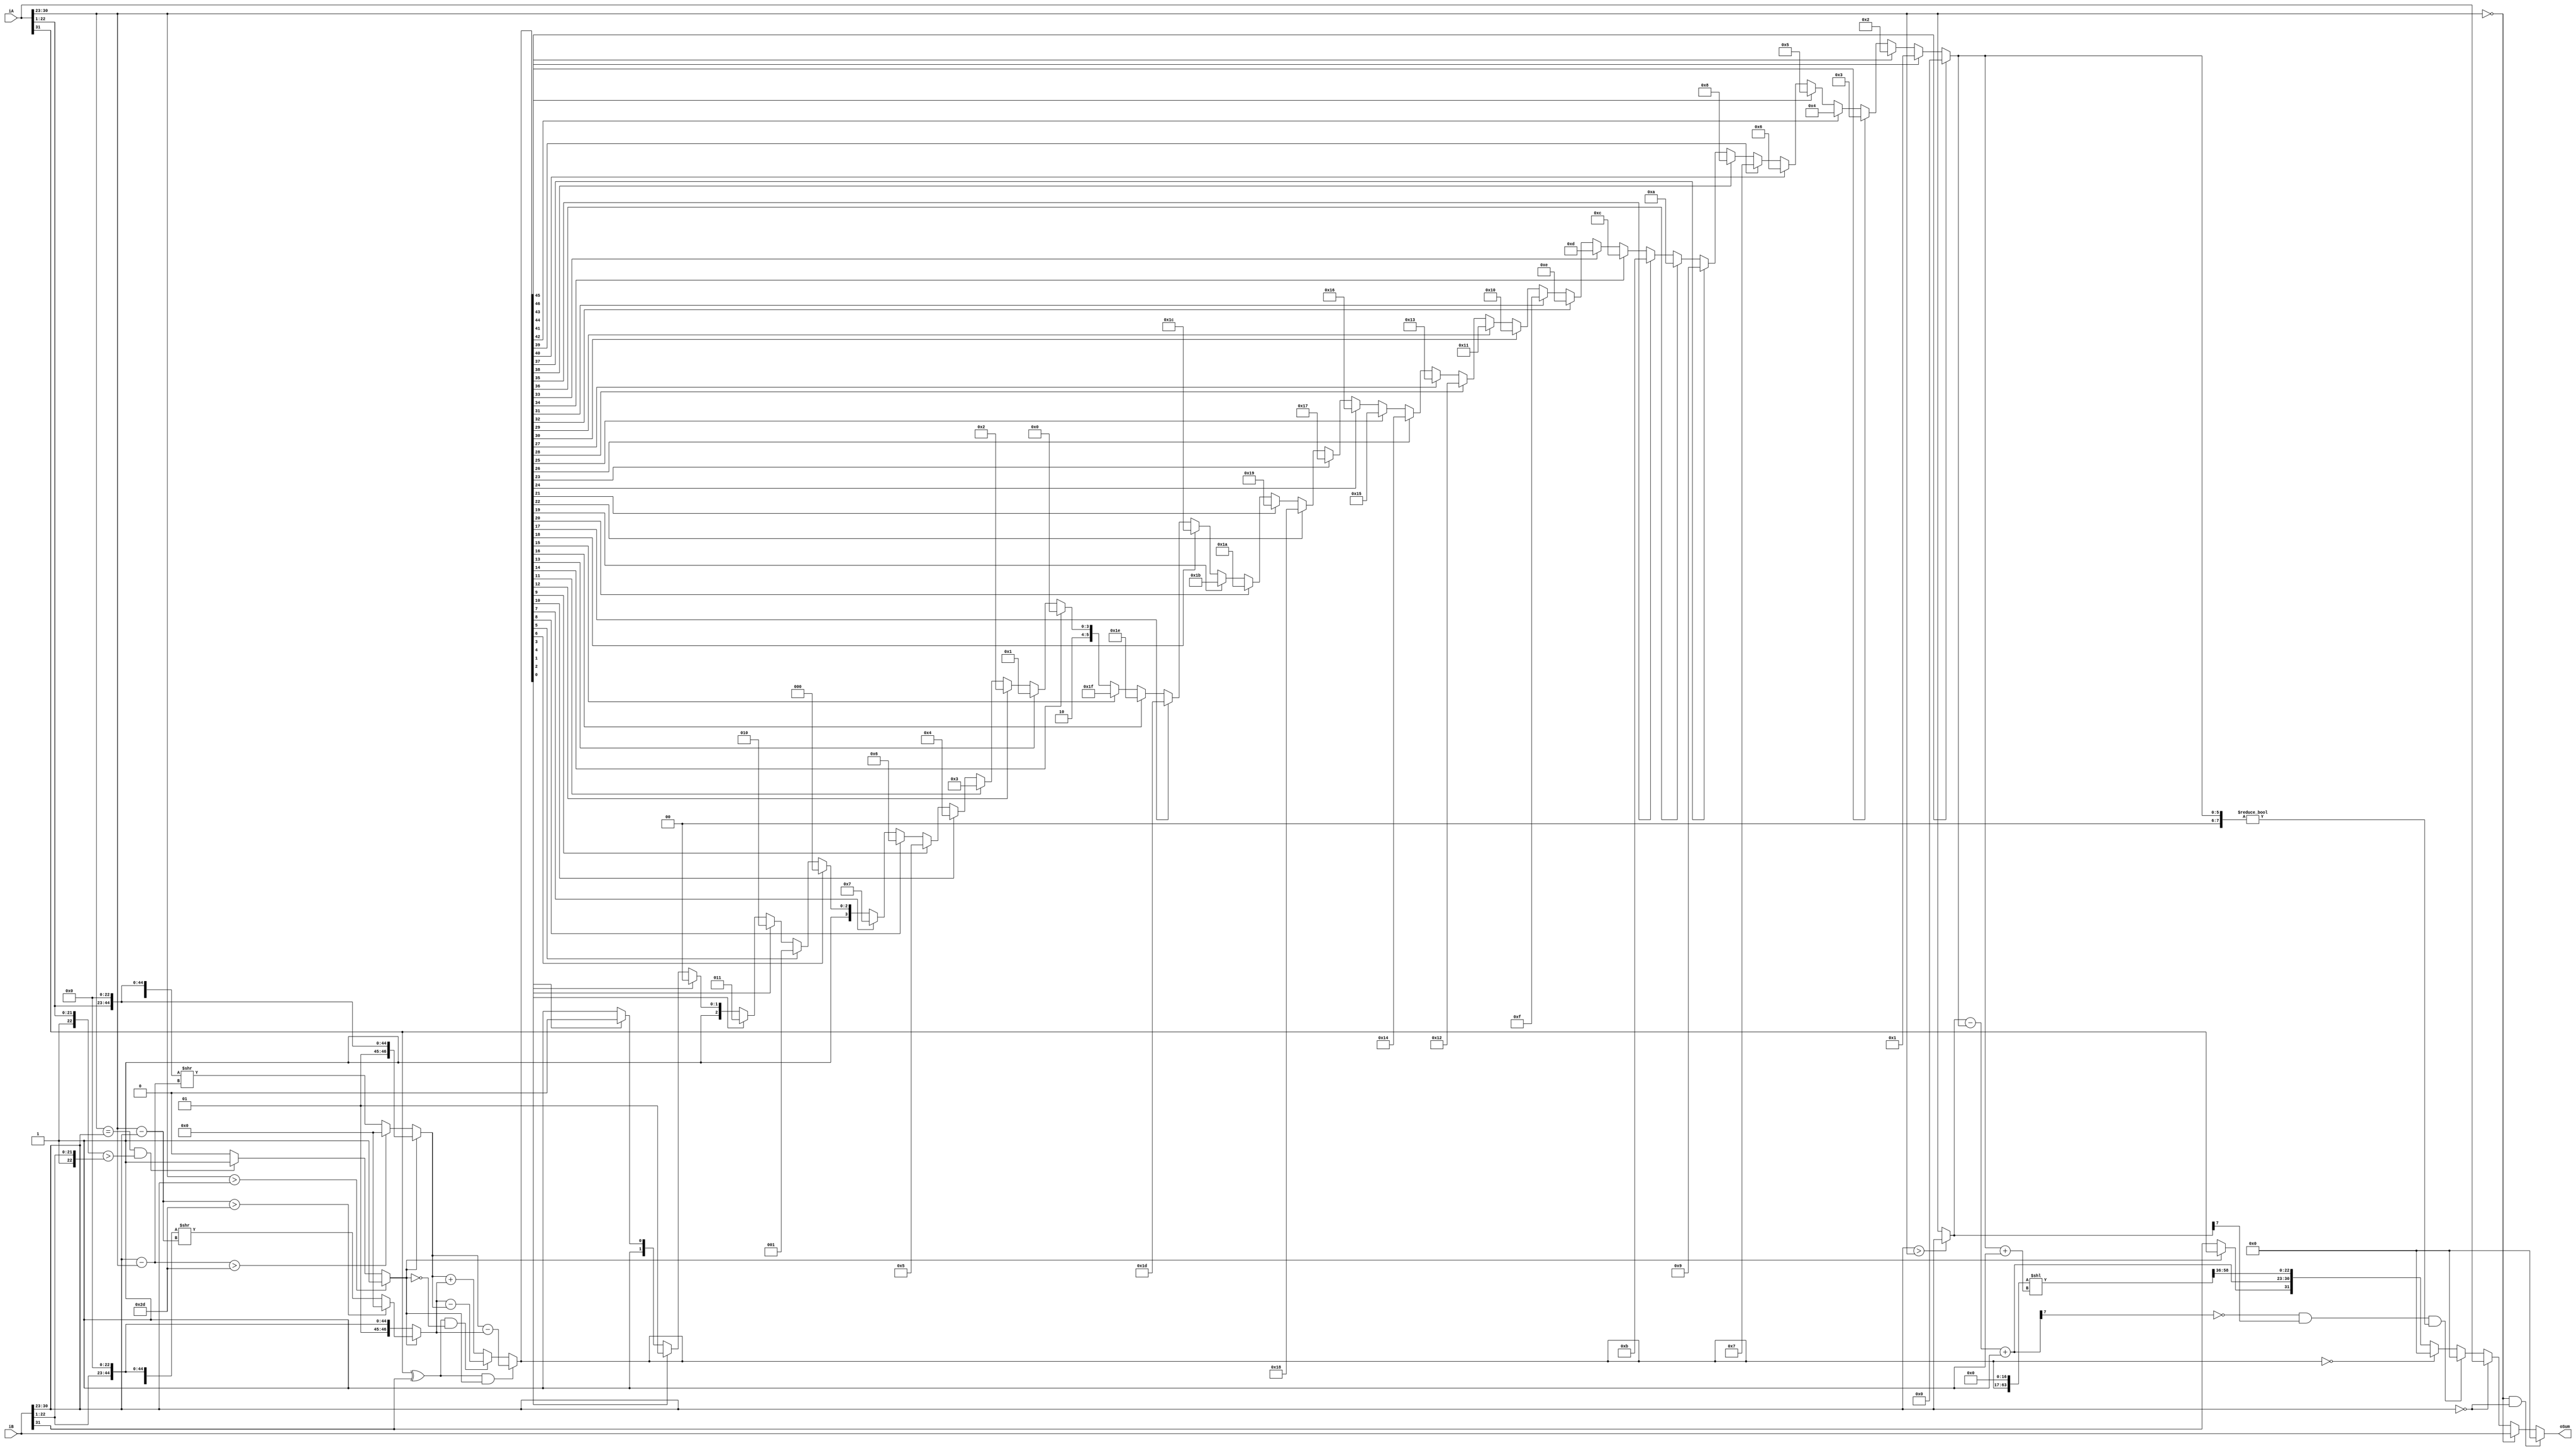
/**************************************************************************
 * Floating Point Adder                                                   *
 * 2-stage pipeline    
 *extended into 32b by donghyeon Joo                                      *
 *************************************************************************/
module FpAdd (
    input      [31:0] iA,
    input      [31:0] iB,
    output     [31:0] oSum
);

    // Extract fields of A and B.
    wire        A_s;
    wire [7:0]  A_e;
    wire [22:0] A_f; 
    wire        B_s;
    wire [7:0]  B_e;
    wire [22:0] B_f;
    assign A_s = iA[31];
    assign A_e = iA[30:23];
    assign A_f = {1'b1, iA[22:1]}; //where's the zero'th bit?
    assign B_s = iB[31];
    assign B_e = iB[30:23];
    assign B_f = {1'b1, iB[22:1]};
    wire A_larger;

    // Shift fractions of A and B so that they align.
    wire [7:0]  exp_diff_A;
    wire [7:0]  exp_diff_B;
    wire [7:0]  larger_exp;
    wire [46:0] A_f_shifted; // originally, 18b + 19 = 37b, //thus 23b + 24 = 47.
    wire [46:0] B_f_shifted;

    assign exp_diff_A = B_e - A_e; // if B bigger
    assign exp_diff_B = A_e - B_e; // if A bigger

    assign larger_exp = (B_e > A_e) ? B_e : A_e;

    assign A_f_shifted = A_larger             ? {1'b0,  A_f, 23'b0} :
                         (exp_diff_A > 9'd45) ? 37'b0 :
                         ({1'b0, A_f, 23'b0} >> exp_diff_A);
    assign B_f_shifted = ~A_larger            ? {1'b0,  B_f, 23'b0} : //perform bit extension at LSB-side.
                         (exp_diff_B > 9'd45) ? 37'b0 :
                         ({1'b0, B_f, 23'b0} >> exp_diff_B);

    // Determine which of A, B is larger
    assign A_larger =    (A_e > B_e)                   ? 1'b1  :
                         ((A_e == B_e) && (A_f > B_f)) ? 1'b1  :
                         1'b0;

    // Calculate sum or difference of shifted fractions.
    wire [46:0] pre_sum;
    assign pre_sum = ((A_s^B_s) &  A_larger) ? A_f_shifted - B_f_shifted :
                     ((A_s^B_s) & ~A_larger) ? B_f_shifted - A_f_shifted :
                     A_f_shifted + B_f_shifted;

    
    /*
    // buffer midway results
    reg  [36:0] buf_pre_sum;
    reg  [7:0]  buf_larger_exp;
    reg         buf_A_e_zero;
    reg         buf_B_e_zero;
    reg  [26:0] buf_A;
    reg  [26:0] buf_B;
    reg         buf_oSum_s;
    always @(posedge iCLK) begin
        buf_pre_sum    <= pre_sum;
        buf_larger_exp <= larger_exp;
        buf_A_e_zero   <= (A_e == 8'b0);
        buf_B_e_zero   <= (B_e == 8'b0);
        buf_A          <= iA;
        buf_B          <= iB;
        buf_oSum_s     <= A_larger ? A_s : B_s;
    end
    */

    //bypass buffer
    wire  [46:0] buf_pre_sum;
    wire  [7:0]  buf_larger_exp;
    wire         buf_A_e_zero;
    wire         buf_B_e_zero;
    wire  [31:0] buf_A;
    wire  [31:0] buf_B;
    wire        buf_oSum_s;
    assign    buf_pre_sum  = pre_sum;
    assign    buf_larger_exp = larger_exp;
    assign    buf_A_e_zero   = (A_e == 8'b0);
    assign    buf_B_e_zero   = (B_e == 8'b0);
    assign    buf_A          = iA;
    assign    buf_B          = iB;
    assign    buf_oSum_s     = A_larger ? A_s : B_s;
    

    // Convert to positive fraction and a sign bit.
    wire [46:0] pre_frac;
    assign pre_frac = buf_pre_sum;

    // Determine output fraction and exponent change with position of first 1.
    wire [22:0] oSum_f;
    wire [7:0]  shft_amt;
    assign shft_amt = pre_frac[46] ? 8'd0  : pre_frac[45] ? 8'd1  :
                      pre_frac[44] ? 8'd2  : pre_frac[43] ? 8'd3  :
                      pre_frac[42] ? 8'd4  : pre_frac[41] ? 8'd5  :
                      pre_frac[40] ? 8'd6  : pre_frac[39] ? 8'd7  :
                      pre_frac[38] ? 8'd8  : pre_frac[37] ? 8'd9  :
                      pre_frac[36] ? 8'd10 : pre_frac[35] ? 8'd11 :
                      pre_frac[34] ? 8'd12 : pre_frac[33] ? 8'd13 :
                      pre_frac[32] ? 8'd14 : pre_frac[31] ? 8'd15 :
                      pre_frac[30] ? 8'd16 : pre_frac[29] ? 8'd17 :
                      pre_frac[28] ? 8'd18 : pre_frac[27] ? 8'd19 :
                      pre_frac[26] ? 8'd20 : pre_frac[25] ? 8'd21 :
                      pre_frac[24] ? 8'd22 : pre_frac[23] ? 8'd23 :
                      pre_frac[22] ? 8'd24 : pre_frac[21] ? 8'd25 :
                      pre_frac[20] ? 8'd26 : pre_frac[19] ? 8'd27 :
                      pre_frac[18] ? 8'd28 : pre_frac[17] ? 8'd29 :
                      pre_frac[16] ? 8'd30 : pre_frac[15] ? 8'd31 :
                      pre_frac[14] ? 8'd32 : pre_frac[13] ? 8'd33 :
                      pre_frac[12] ? 8'd34 : pre_frac[11] ? 8'd35 :
                      pre_frac[10] ? 8'd36 : pre_frac[9] ? 8'd37 :
                      pre_frac[8] ? 8'd38  : pre_frac[7] ? 8'd39  :
                      pre_frac[6] ? 8'd40  : pre_frac[5] ? 8'd41  :
                      pre_frac[4] ? 8'd42  : pre_frac[3] ? 8'd43  :
                      pre_frac[2] ? 8'd44  : pre_frac[1] ? 8'd45  :
                      pre_frac[0] ? 8'd46  : 8'd47; 

                      

    wire [63:0] pre_frac_shft;
    assign pre_frac_shft = {pre_frac, 17'b0} << (shft_amt+1);
    assign oSum_f = pre_frac_shft[63:36];

    wire [7:0] oSum_e;
    assign oSum_e = buf_larger_exp - shft_amt + 8'b1;

    // Detect underflow
    wire underflow;
    assign underflow = ~oSum_e[7] && buf_larger_exp[7] && (shft_amt != 8'b0);

    assign oSum = (buf_A_e_zero && buf_B_e_zero)    ? 32'b0 :
                  buf_A_e_zero                     ? buf_B :
                  buf_B_e_zero                     ? buf_A :
                  underflow                        ? 32'b0 :
                  (pre_frac == 0)                  ? 32'b0 :
                  {buf_oSum_s, oSum_e, oSum_f};

endmodule